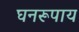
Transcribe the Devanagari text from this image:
घनरूपाय